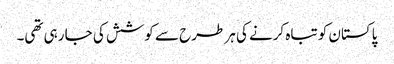
پاکستان کو تباہ کرنے کی ہر طرح سے کوشش کی جا رہی تھی۔